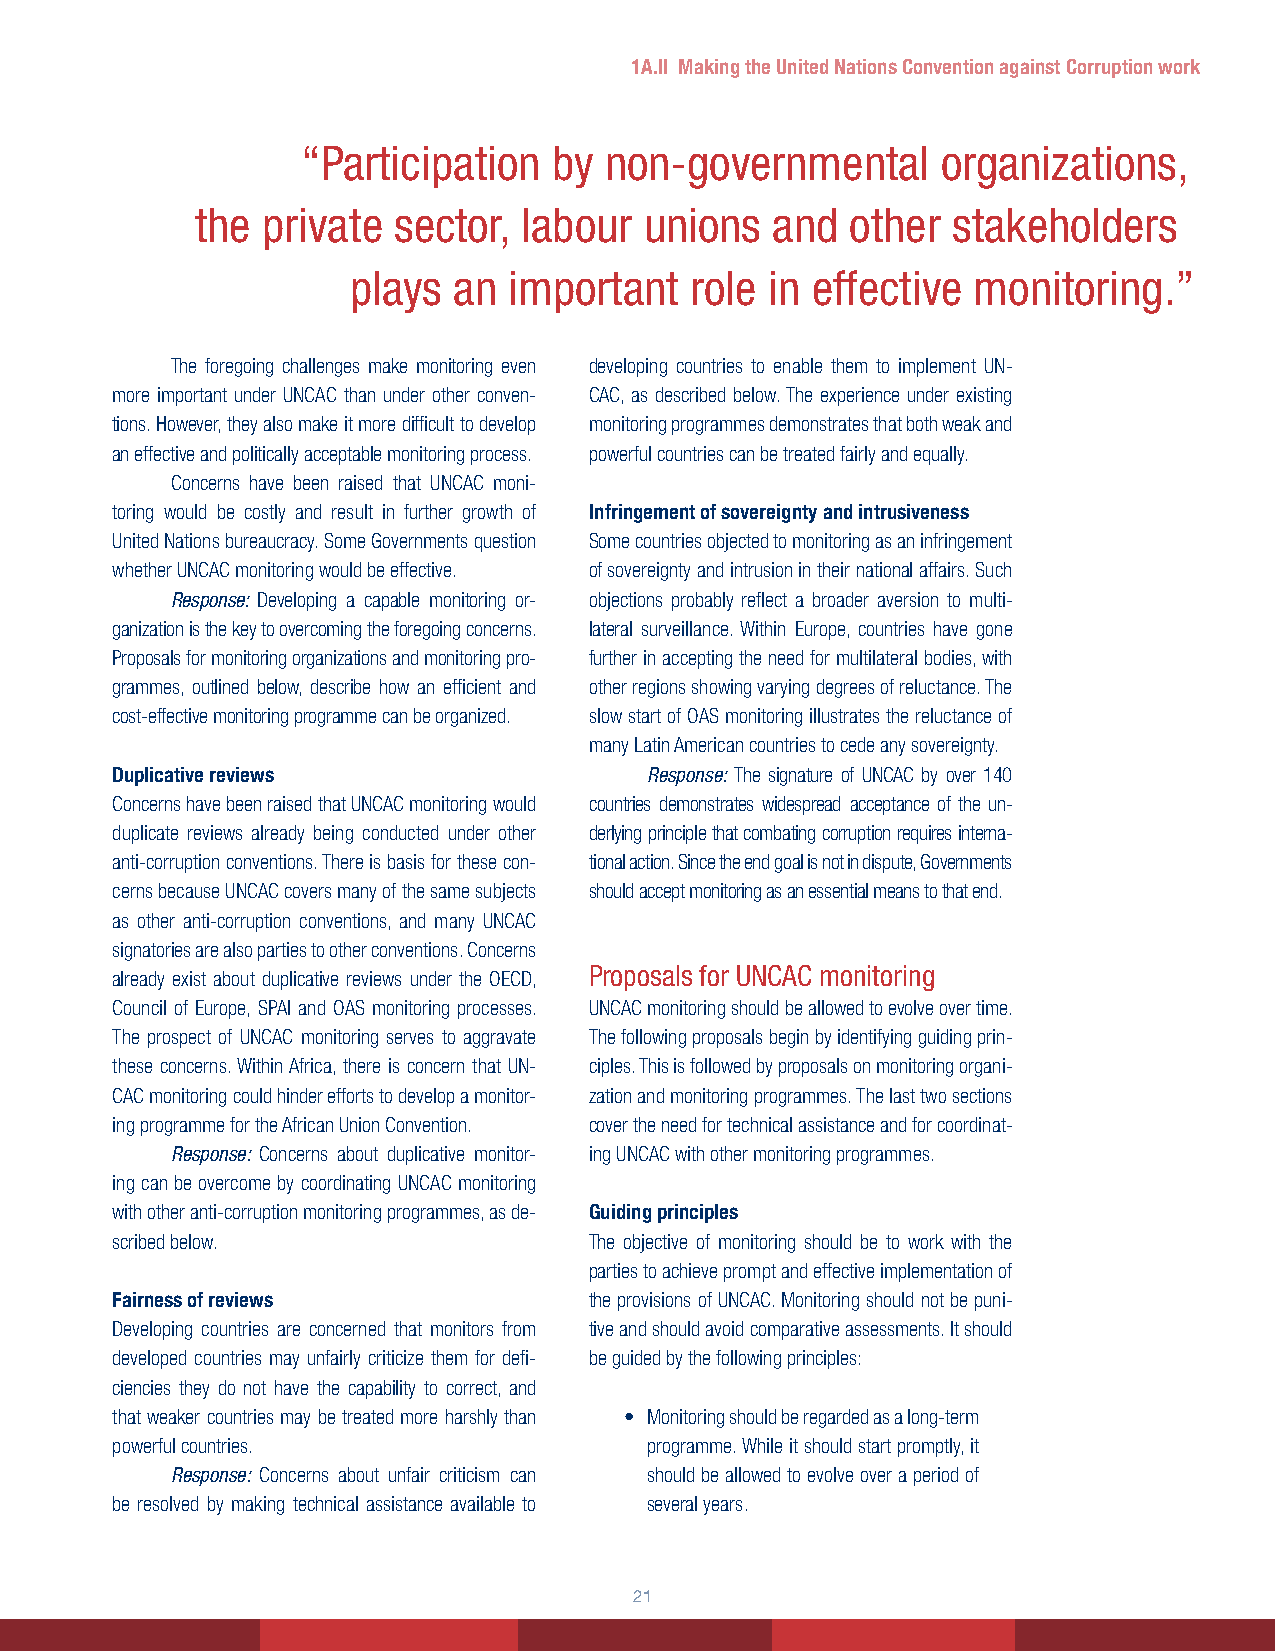
1A.II Making the United Nations Convention against Corruption work
 “Participation   by non-governmental      organizations,
 the private  sector,  labour  unions  and  other  stakeholders
 plays  an  important   role in effective monitoring.”
 The foregoing challenges make monitoring even developing countries to enable them to implement UN-
 more important under UNCAC than under other conven- CAC, as described below. The experience under existing
 tions. However, they also make it more difficult to develop monitoring programmes demonstrates that both weak and
 an effective and politically acceptable monitoring process. powerful countries can be treated fairly and equally.
 Concerns have been raised that UNCAC moni-
 toring would be costly and result in further growth of Infringement of sovereignty and intrusiveness
 United Nations bureaucracy. Some Governments question Some countries objected to monitoring as an infringement
 whether UNCAC monitoring would be effective. of sovereignty and intrusion in their national affairs. Such
 Response: Developing a capable monitoring or- objections probably reflect a broader aversion to multi-
 ganization is the key to overcoming the foregoing concerns. lateral surveillance. Within Europe, countries have gone
 Proposals for monitoring organizations and monitoring pro- further in accepting the need for multilateral bodies, with
 grammes, outlined below, describe how an efficient and other regions showing varying degrees of reluctance. The
 cost-effective monitoring programme can be organized. slow start of OAS monitoring illustrates the reluctance of
 many Latin American countries to cede any sovereignty.
 Duplicative reviews                 Response: The signature of UNCAC by over 140
 Concerns have been raised that UNCAC monitoring would countries demonstrates widespread acceptance of the un-
 duplicate reviews already being conducted under other derlying principle that combating corruption requires interna-
 anti-corruption conventions. There is basis for these con- tional action. Since the end goal is not in dispute, Governments
 cerns because UNCAC covers many of the same subjects should accept monitoring as an essential means to that end.
 as other anti-corruption conventions, and many UNCAC
 signatories are also parties to other conventions. Concerns
 Proposals for UNCAC monitoring
 already exist about duplicative reviews under the OECD,
 Council of Europe, SPAI and OAS monitoring processes. UNCAC monitoring should be allowed to evolve over time.
 The prospect of UNCAC monitoring serves to aggravate The following proposals begin by identifying guiding prin-
 these concerns. Within Africa, there is concern that UN- ciples. This is followed by proposals on monitoring organi-
 CAC monitoring could hinder efforts to develop a monitor- zation and monitoring programmes. The last two sections
 ing programme for the African Union Convention. cover the need for technical assistance and for coordinat-
 Response: Concerns about duplicative monitor- ing UNCAC with other monitoring programmes.
 ing can be overcome by coordinating UNCAC monitoring
 with other anti-corruption monitoring programmes, as de- Guiding principles
 scribed below.                  The objective of monitoring should be to work with the
 parties to achieve prompt and effective implementation of
 Fairness of reviews             the provisions of UNCAC. Monitoring should not be puni-
 Developing countries are concerned that monitors from tive and should avoid comparative assessments. It should
 developed countries may unfairly criticize them for defi- be guided by the following principles:
 ciencies they do not have the capability to correct, and
 that weaker countries may be treated more harshly than • Monitoring should be regarded as a long-term
 powerful countries.                 programme. While it should start promptly, it
 Response: Concerns about unfair criticism can should be allowed to evolve over a period of
 be resolved by making technical assistance available to several years.
 21